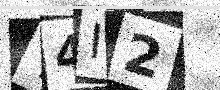
Text: T4I2